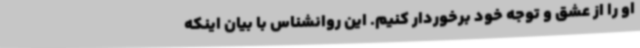
او را از عشق و توجه خود برخوردار کنیم. این روانشناس با بیان اینکه